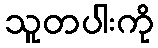
သူတပါးကို